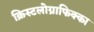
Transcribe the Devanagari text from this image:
क्रिस्टलोग्राफिक्का